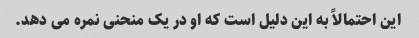
این احتمالاً به این دلیل است که او در یک منحنی نمره می دهد.